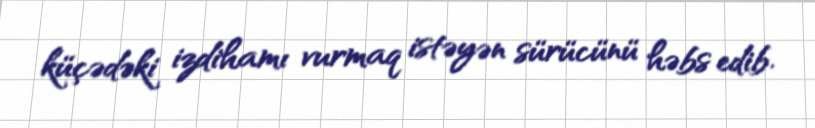
küçədəki izdihamı vurmaq istəyən sürücünü həbs edib.